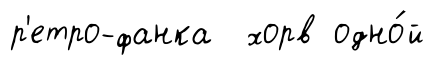
р'етро-фанка хорв одно́й